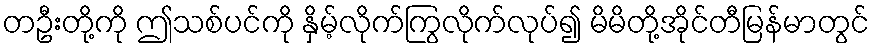
တဦးတို့ကို ဤသစ်ပင်ကို နှိမ့်လိုက်ကြွလိုက်လုပ်၍ မိမိတို့အိုင်တီမြန်မာတွင်